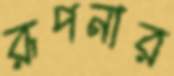
রূপনার